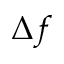
\Delta f